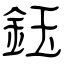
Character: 鈺